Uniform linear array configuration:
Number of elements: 32
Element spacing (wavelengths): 0.25
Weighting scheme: hamming
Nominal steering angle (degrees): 60
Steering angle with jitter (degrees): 59.626
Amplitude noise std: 0.05
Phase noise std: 0.05

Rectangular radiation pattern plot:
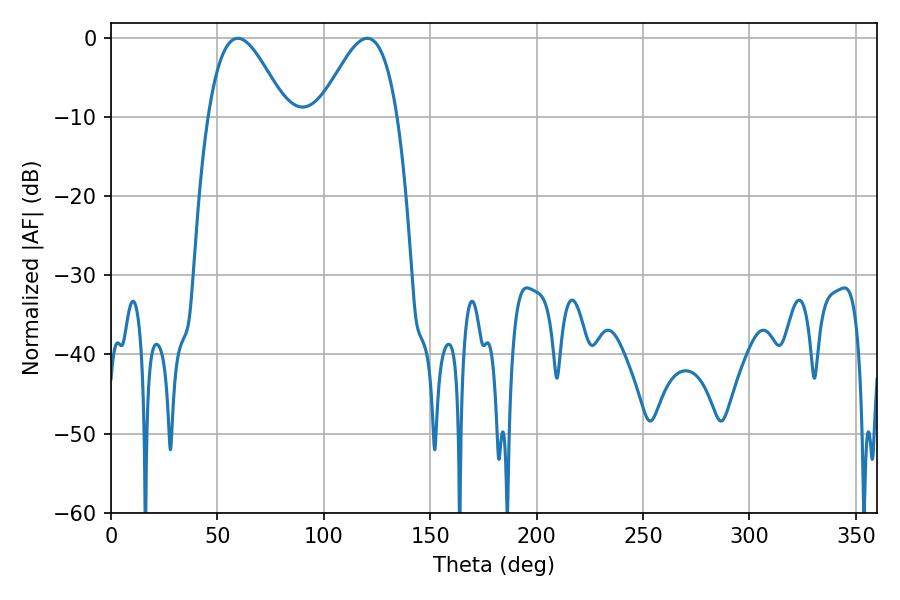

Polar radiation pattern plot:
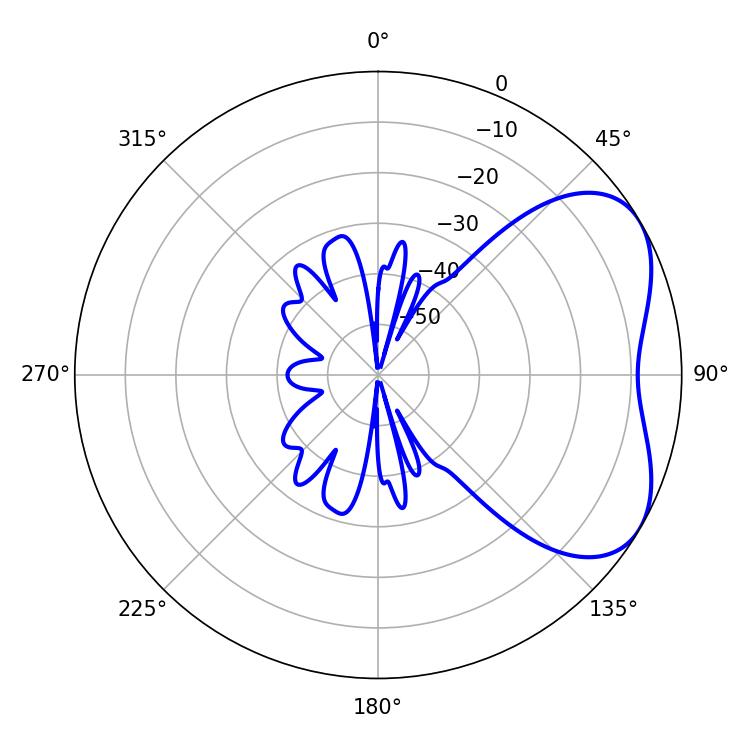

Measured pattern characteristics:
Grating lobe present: FALSE
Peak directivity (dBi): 4.652
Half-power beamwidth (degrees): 19.62
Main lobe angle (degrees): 59.58